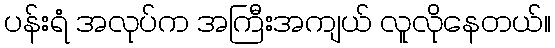
ပန်းရံ အလုပ်က အကြီးအကျယ် လူလိုနေတယ်။